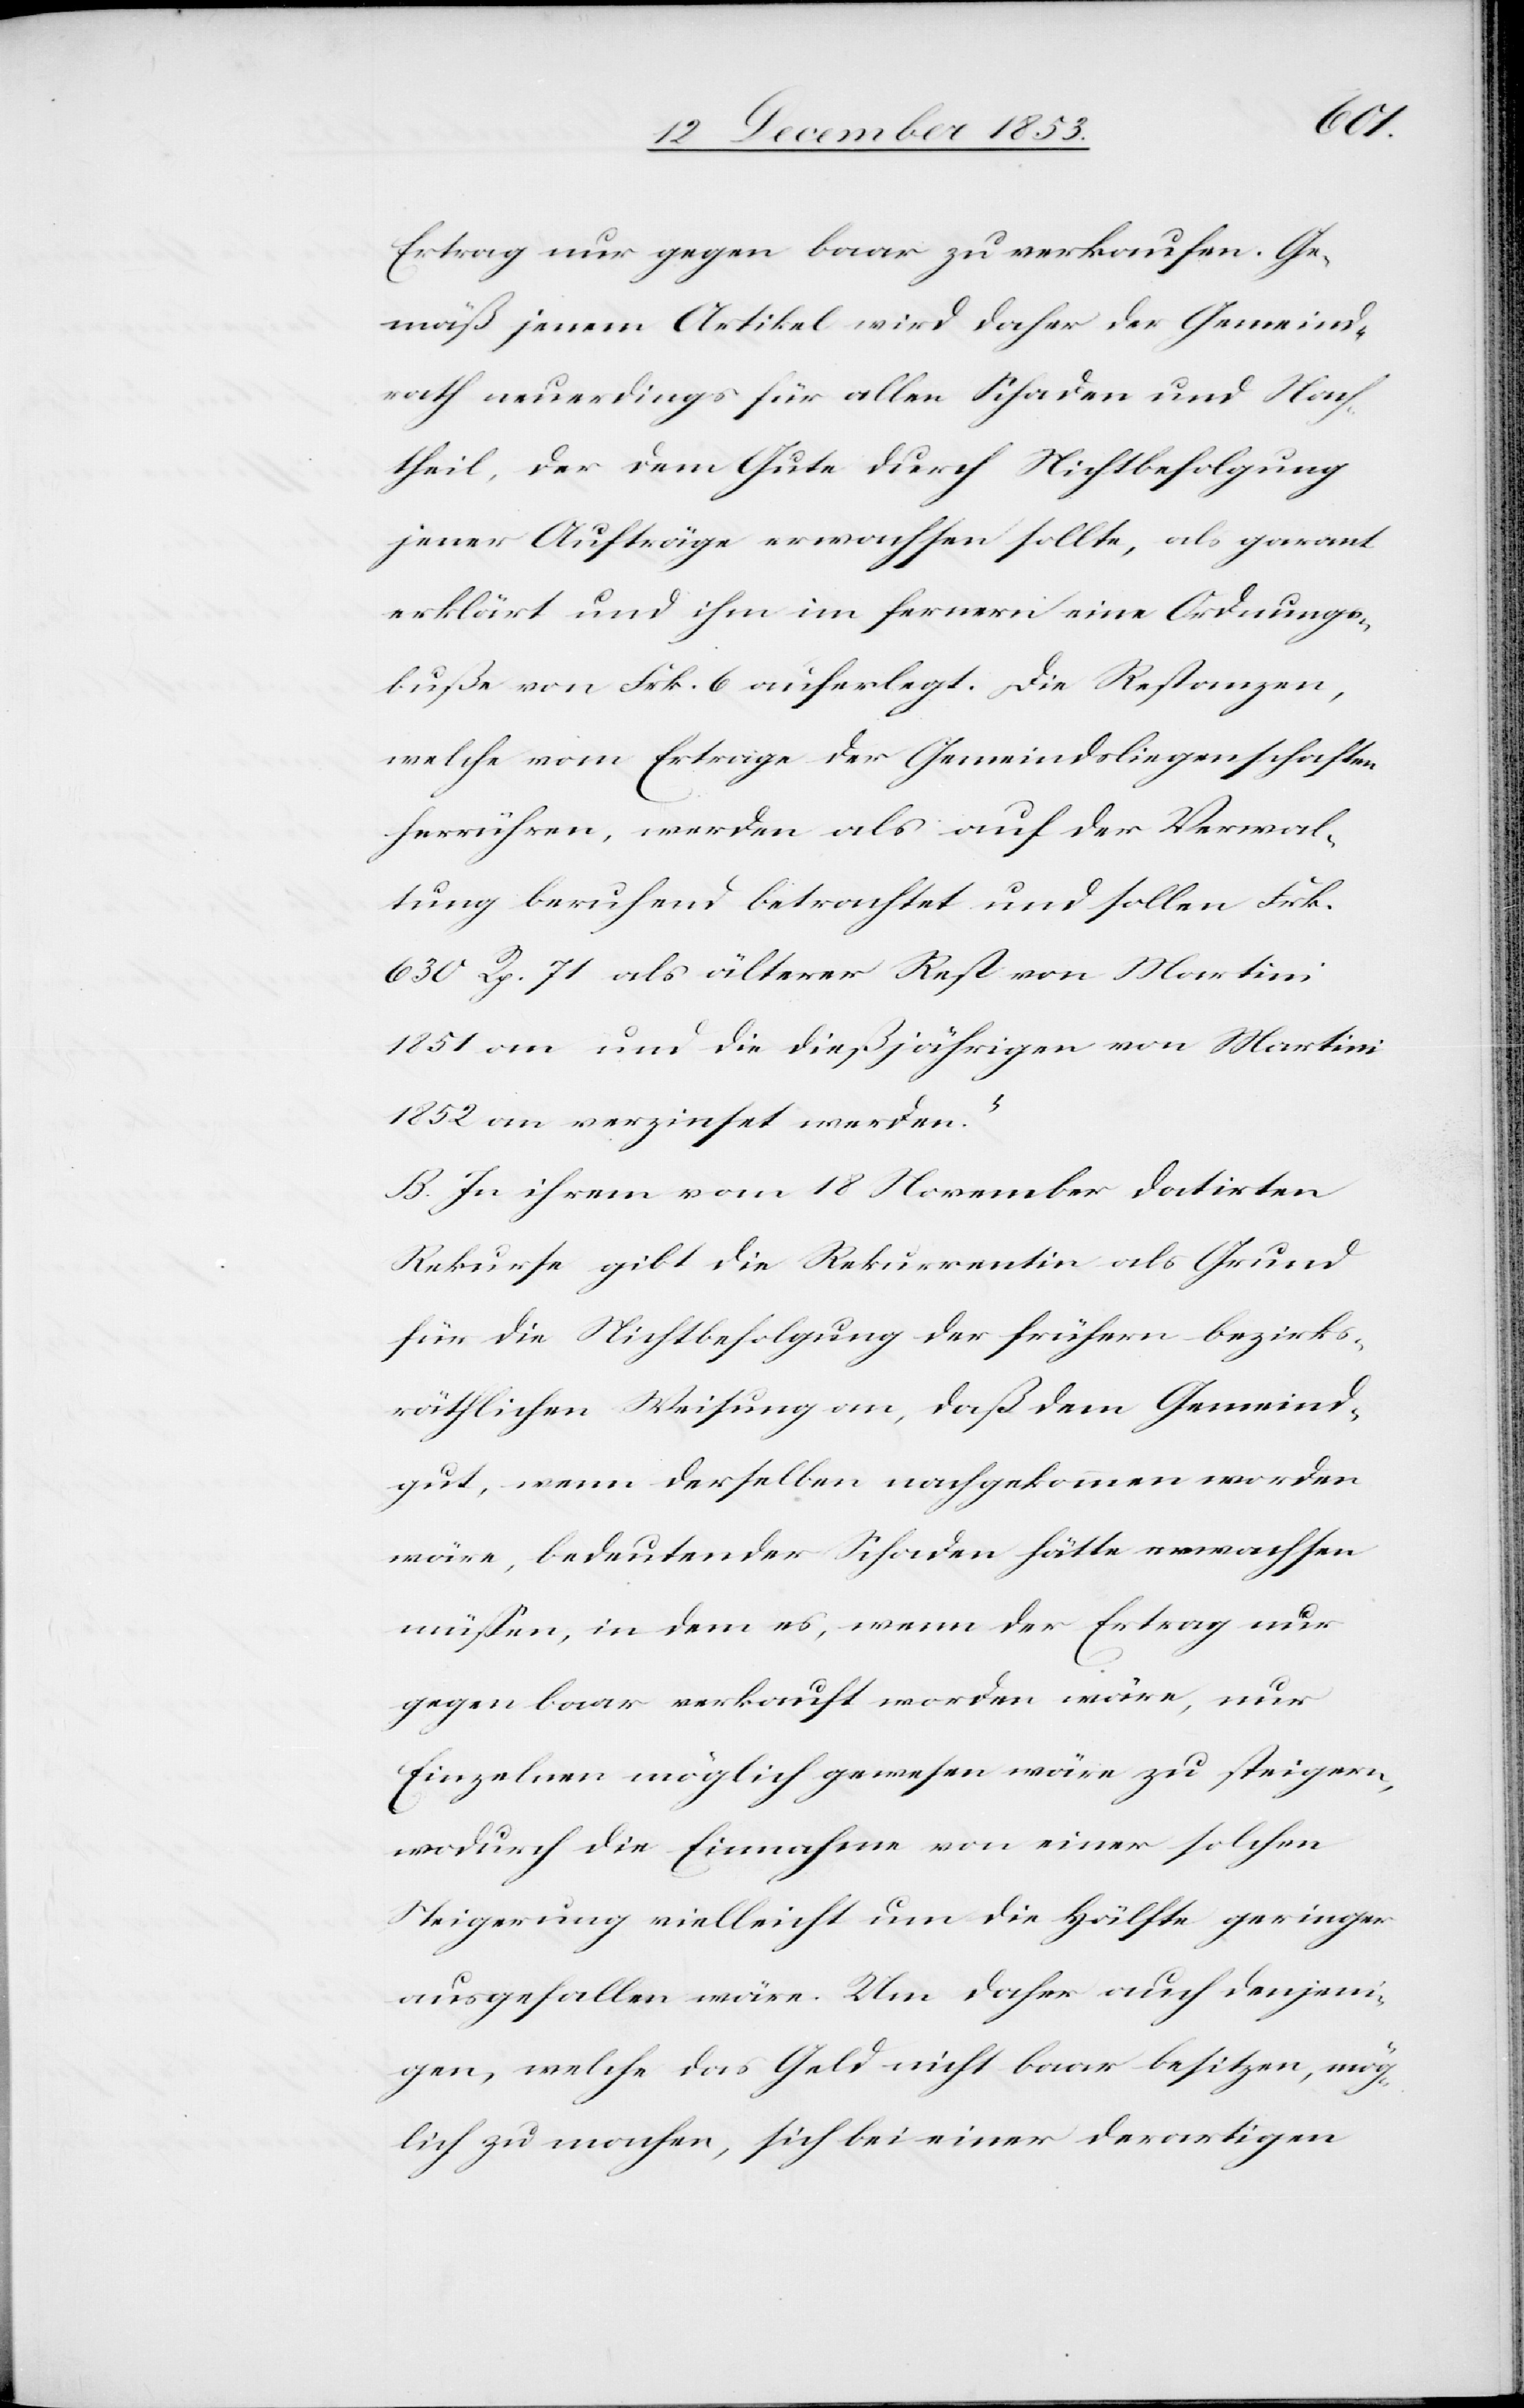
Ertrag nur gegen baar zu verkaufen. Ge¬
mäß jenem Artikel wird daher der Gemeind¬
rath neuerdings für allen Schaden und Nach¬
theil, der dem Gute durch Nichtbefolgung
jener Aufträge erwachsen sollte, als garant
erklärt und ihm im fernern eine Ordnungs¬
buße von Frk. 6 auferlegt. Die Restanzen,
welche vom Ertrage der Gemeindsliegenschaften
herrühren, werden als auf der Verwal¬
tung beruhend betrachtet und sollen Frk.
630 Rp. 71 als älterer Rest von Martini
1851 an und die dießjährigen von Martini
1852 an verzinset werden.“
B. In ihrem vom 18 November datirten
Rekurse gibt die Rekurrentin als Grund
für die Nichtbefolgung der frühern bezirks¬
räthlichen Weisung an, daß dem Gemeind¬
gut, wenn derselben nachgekommen worden
wäre, bedeutender Schaden hätte erwachsen
müßen, in dem es, wenn der Ertrag nur
gegen baar verkauft worden wäre, nur
Einzelnen möglich gewesen wäre zu steigern,
wodurch die Einnahme von einer solchen
Steigerung vielleicht um die Hälfte geringer
ausgefallen wäre. Um daher auch denjeni¬
gen, welche das Geld nicht baar besitzen, mög¬
lich zu machen, sich bei einer derartigen